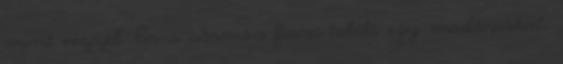
mint vízzel. És a sármos fiam talált egy madárpókot.